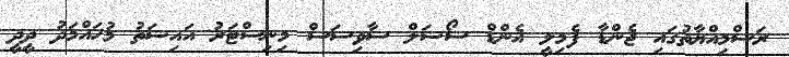
ރަސްމިއްޔާތުގައި ޖެންޑާ ފެމިލީ އެންޑް ސޯޝަލް ސާވިސަސް މިނިސްޓަރު އައިޝަތު މުހައްމަދު ދީދީ